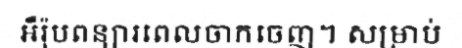
អឺរ៉ុបពន្យារពេលចាកចេញ។ សម្រាប់